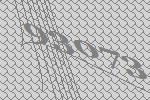
93073